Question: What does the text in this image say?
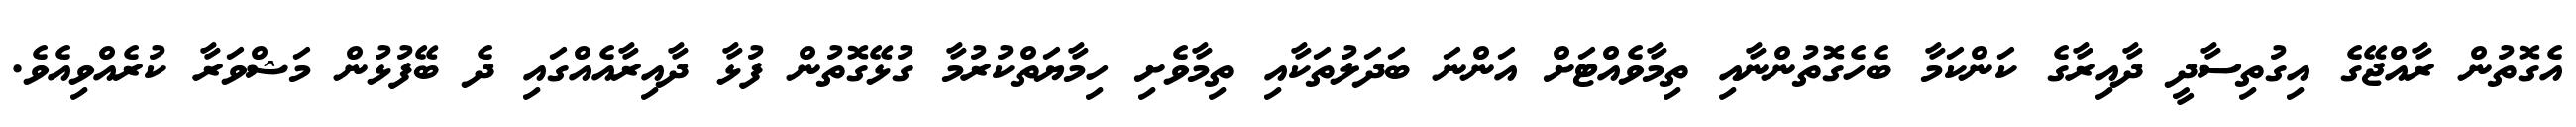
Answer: އެގޮތުން ރާއްޖޭގެ އިގުތިސާދީ ދާއިރާގެ ކަންކަމާ ބެހެގޮތުންނާއި ތިމާވެއްޓަށް އަންނަ ބަދަލުތަކާއި ތިމާވެށި ހިމާޔަތްކުރުމާ ގުޅޭގޮތުން ފުޅާ ދާއިރާއެއްގައި ދެ ބޭފުޅުން މަޝްވަރާ ކުރެއްވިއެވެ.